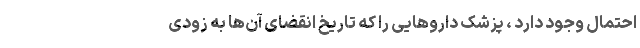
احتمال وجود دارد ، پزشک دارو‌هایی را که تاریخ انقضای آن‌ها به زودی